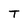
Character: T